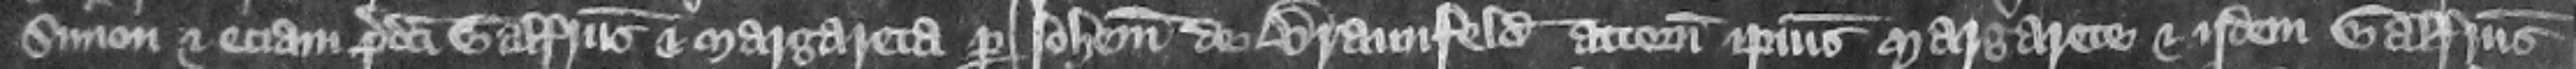
Simon et eciam predicti Galfridus et Margareta per Iohannem de Braunfeld attornatum ipsius Margarete. Et iidem Galfridus